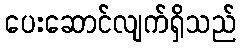
ပေးဆောင်လျက်ရှိသည်